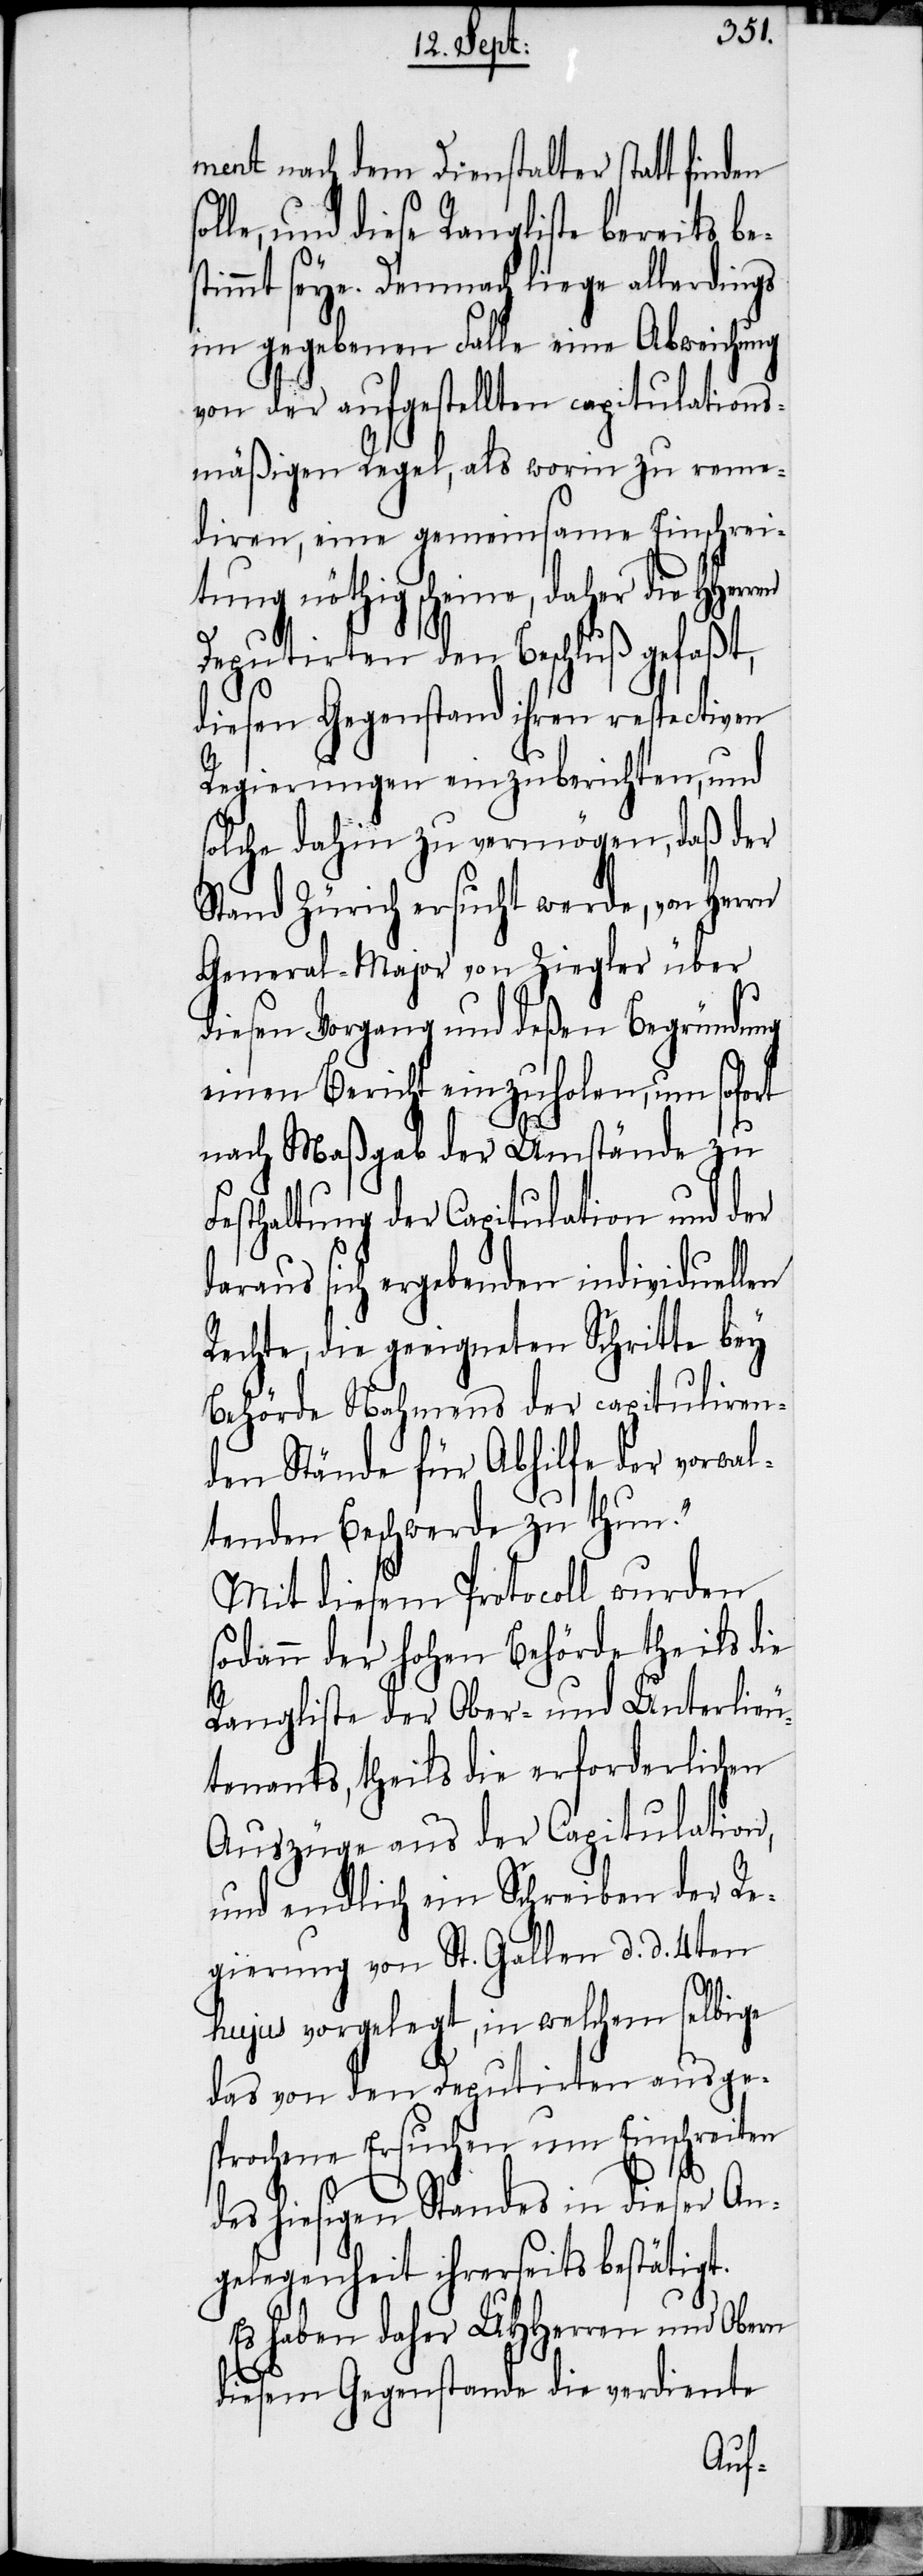
ment nach dem Dienstalter statt finden
le, und diese Rangliste bereits be¬
stimmt seye. Demnach liege allerdings
im gegebenen Falle eine Abweichung
von der aufgestellten capitulations¬
mäßigen Regel, als worin zu reme¬
diren, eine gemeinsame Einschrei¬
tung nöthig scheine, daher die HHerren
Deputirten den Beschluß gefaßt,
diesen Gegenstand ihren respectiven
Regierungen einzuberichten, und
solche dahin zu vermögen, daß der
Stand Zürich ersucht werde, von Herrn
General-Major von Ziegler über
diesen Vorgang und deßen Begründung
einen Bericht einzuholen, um sofort
nach Maßgab der Umstände zu
Festhaltung der Capitulation und der
daraus sich ergebenden individuellen
Rechte, die geeigneten Schritte bey
Behörde Nahmens der capituliren¬
den Stände für Abhilfe der vorwal¬
tenden Beschwerde zu thun.“
Mit diesem Protocoll wurden
sodann der hohen Behörde theils die
Rangliste der Ober- und Unterlieu¬
tenants, theils die erforderlichen
Auszüge aus der Capitulation,
und endlich ein Schreiben der Re¬
gierung von St. Gallen d. d. 4ten
hujus vorgelegt, in welchem selbige
das von den Deputirten ausge¬
sprochene Ersuchen um Einschreiten
sol¬
des hiesigen Standes in dieser An¬
gelegenheit ihrerseits bestätigt.
Es haben daher UHHerren und Obern
diesem Gegenstande die verdiente